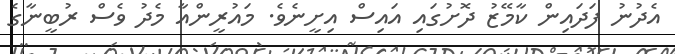
އެދުނު ފަދައިން ކާމޭޒު ދޮށުގައި އައިސް އިށީނެވެ. މައުރީންއާ މެދު ވެސް ރުބީނާގެ